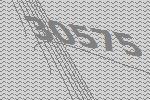
30575